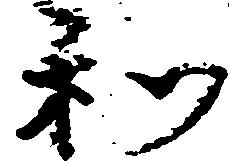
和